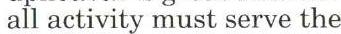
all activity must serve the